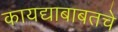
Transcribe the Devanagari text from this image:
कायद्याबाबतचे